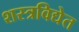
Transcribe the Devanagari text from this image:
शस्त्रविद्येत